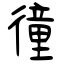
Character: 徸